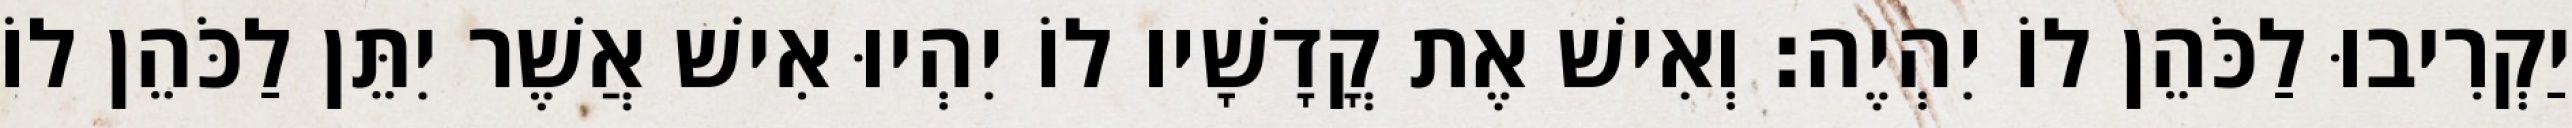
יַקְרִיבוּ לַכֹּהֵן לוֹ יִהְיֶה׃ וְאִישׁ אֶת קֳדָשָׁיו לוֹ יִהְיוּ אִישׁ אֲשֶׁר יִתֵּן לַכֹּהֵן לוֹ